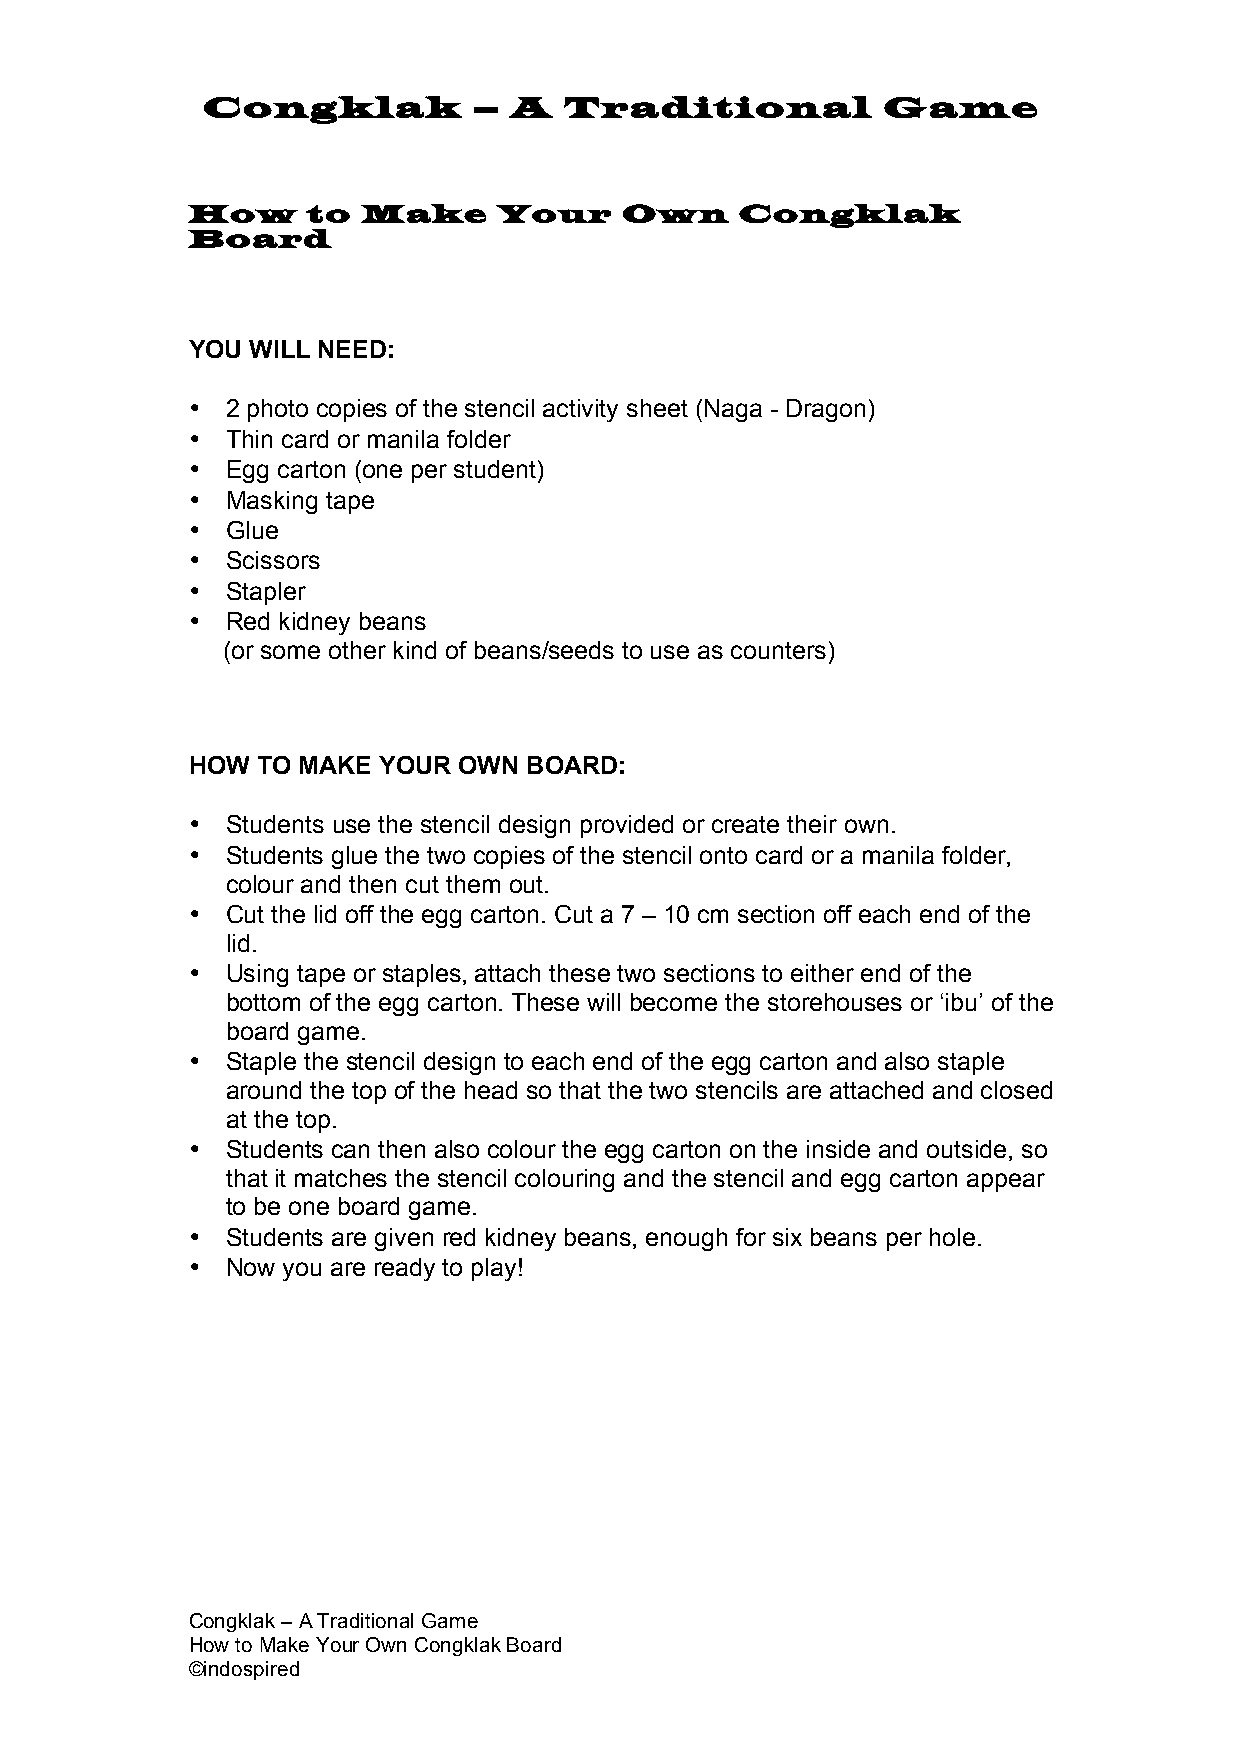
Congklak          –  A  Traditional          Game
 How     to  Make     Your    Own     Congklak
 Board
 YOU  WILL NEED:
 •  2 photo copies of the stencil activity sheet (Naga - Dragon)
 •  Thin card or manila folder
 •  Egg carton (one per student)
 •  Masking tape
 •  Glue
 •  Scissors
 •  Stapler
 •  Red kidney beans
 (or some other kind of beans/seeds to use as counters)
 HOW  TO MAKE YOUR OWN  BOARD:
 •  Students use the stencil design provided or create their own.
 •  Students glue the two copies of the stencil onto card or a manila folder,
 colour and then cut them out.
 •  Cut the lid off the egg carton. Cut a 7 – 10 cm section off each end of the
 lid.
 •  Using tape or staples, attach these two sections to either end of the
 bottom of the egg carton. These will become the storehouses or ‘ibu’ of the
 board game.
 •  Staple the stencil design to each end of the egg carton and also staple
 around the top of the head so that the two stencils are attached and closed
 at the top.
 •  Students can then also colour the egg carton on the inside and outside, so
 that it matches the stencil colouring and the stencil and egg carton appear
 to be one board game.
 •  Students are given red kidney beans, enough for six beans per hole.
 •  Now you are ready to play!
 Congklak – A Traditional Game
 How to Make Your Own Congklak Board
 ©indospired